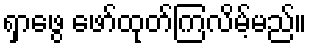
ရှာဖွေ ဖော်ထုတ်ကြလိမ့်မည်။